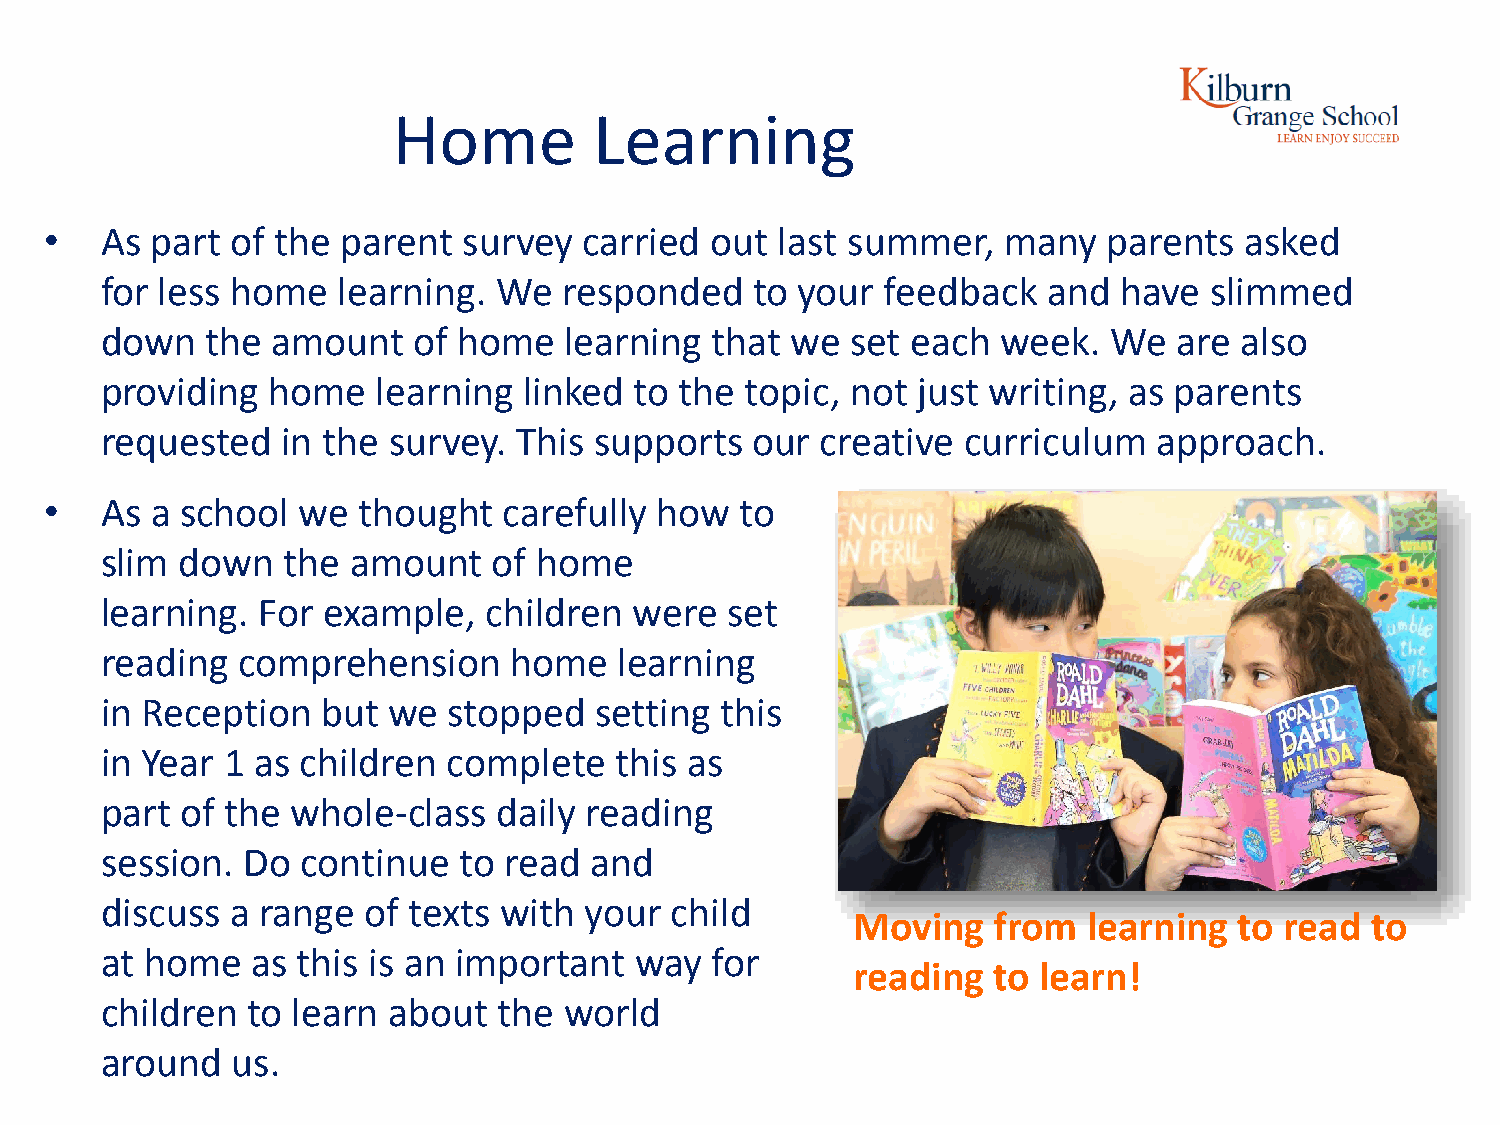
Home         Learning
 •   As part of the  parent  survey  carried out  last summer,  many   parents  asked
 for less home  learning.  We  responded    to your  feedback  and  have  slimmed
 down   the amount   of home   learning  that we  set each  week.   We  are also
 providing  home   learning  linked to the topic, not  just writing, as parents
 requested   in the survey. This supports   our creative  curriculum   approach.
 •   As a school  we  thought  carefully how   to
 slim down   the amount    of home
 learning. For example,   children  were  set
 reading  comprehension     home   learning
 in Reception  but  we  stopped  setting  this
 in Year 1 as children  complete   this as
 part of the whole-class   daily reading
 session. Do  continue  to read  and
 discuss a range  of texts with  your child
 Moving    from  learning  to read  to
 at home   as this is an important  way  for
 reading   to learn!
 children to learn  about  the world
 around  us.